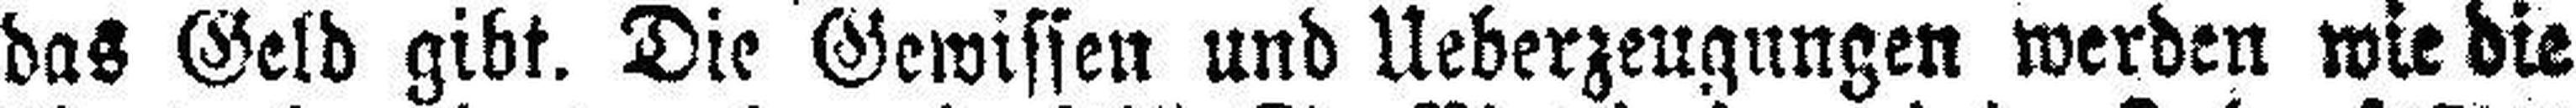
das Geld gibt. Die Gewissen und Ueberzeugungen werden wie die